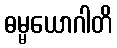
ဓမ္မယောဂါတိ